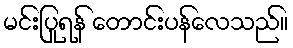
မင်းပြုရန် တောင်းပန်လေသည်။